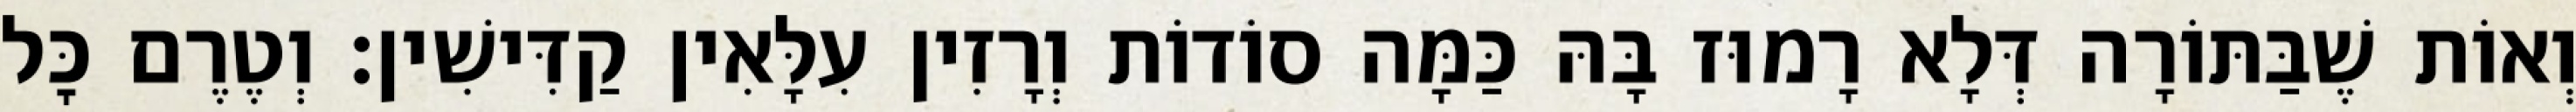
וְאוֹת שֶׁבַּתּוֹרָה דְּלָא רָמוּז בָּהּ כַּמָּה סוֹדוֹת וְרָזִין עִלָּאִין קַדִּישִׁין: וְטֶרֶם כׇּל